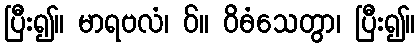
ပြီး၍။ မာရဗလံ၊ ဝ်။ ဝိဓံသေတွာ၊ ပြီး၍။